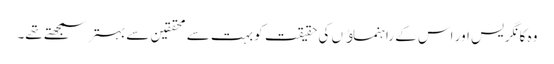
وہ کانگریس اور اس کے راہنماﺅں کی حقیقت کو بہت سے محققین سے بہتر سمجھتے تھے۔